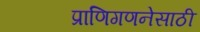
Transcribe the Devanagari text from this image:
प्राणिगणनेसाठी